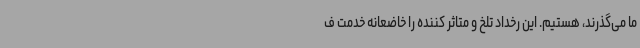
ما می‌گذرند، هستیم. این رخداد تلخ و متاثر کننده را خاضعانه خدمت ف